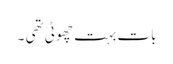
بات بہت چھوٹی تھی ۔